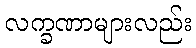
လက္ခဏာများလည်း